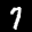
Label: 7